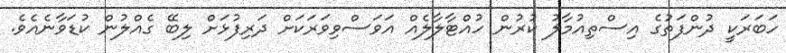
ހަބަރަކީ ދުންފަތުގެ އިސްތިއުމާލު ކުރުން ހުއްޓާލާލެއް އަވަސްވިވަރަކަށް ދަރިފުޅަށް ލިބޭ ގެއްލުން ކުޑަވާނެއެވެ.